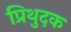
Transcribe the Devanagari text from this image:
प्रिथुदक